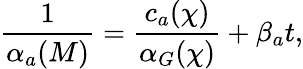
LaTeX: \frac{1}{\alpha_{a}(M)}=\frac{c_{a}(\chi)}{\alpha_{G}(\chi)}+\beta_{a}t,